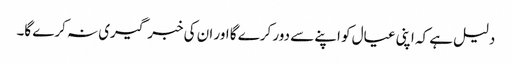
دلیل ہے کہ اپنی عیال کو اپنے سے دور کرے گا اور ان کی خبر گیری نہ کرے گا۔